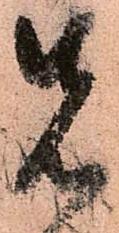
先